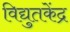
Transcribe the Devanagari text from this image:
विद्युतकेंद्र